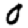
Digit: 0